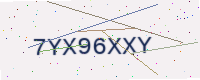
Text: 7YX96XXY